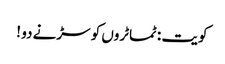
کویت : ٹماٹروں کو سڑنے دو !